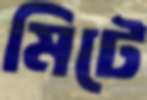
মিটে